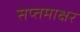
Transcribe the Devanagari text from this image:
सप्तमाक्षर